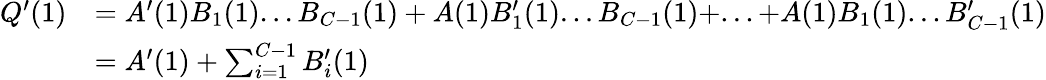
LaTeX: \begin{array}{rl}{Q^{\prime}(1)}&{=A^{\prime}(1)B_{1}(1)...B_{C-1}(1)+A(1)B_{1}^{\prime}(1)...B_{C-1}(1)+...+A(1)B_{1}(1)...B_{C-1}^{\prime}(1)}\\ &{=A^{\prime}(1)+\sum_{i=1}^{C-1}B_{i}^{\prime}(1)}\end{array}